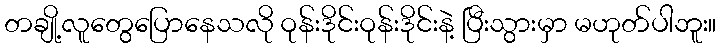
တချို့လူတွေပြောနေသလို ဝုန်းဒိုင်းဝုန်းဒိုင်းနဲ့ ပြီးသွားမှာ မဟုတ်ပါဘူး။